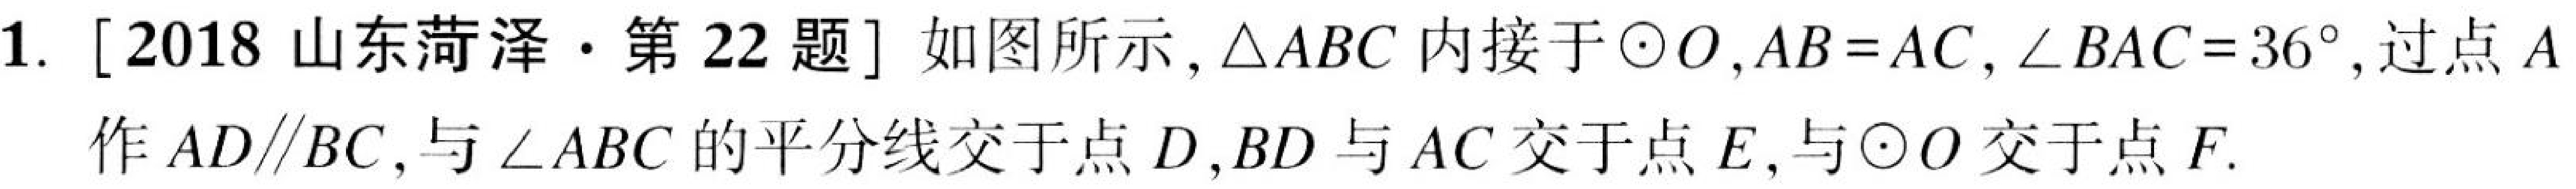
1. [2018 山东菏泽·第 22 题] 如图所示，\(\triangle ABC\) 内接于 \(\odot O\)，\(AB = AC\)，\(\angle BAC = 36^{\circ}\)，过点 \(A\) 作 \(AD\parallel BC\)，与 \(\angle ABC\) 的平分线交于点 \(D\)，\(BD\) 与 \(AC\) 交于点 \(E\)，与\(\odot O\) 交于点 \(F\).